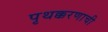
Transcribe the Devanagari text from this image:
पृथक्करणाची